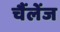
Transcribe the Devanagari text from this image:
चैंलेंज